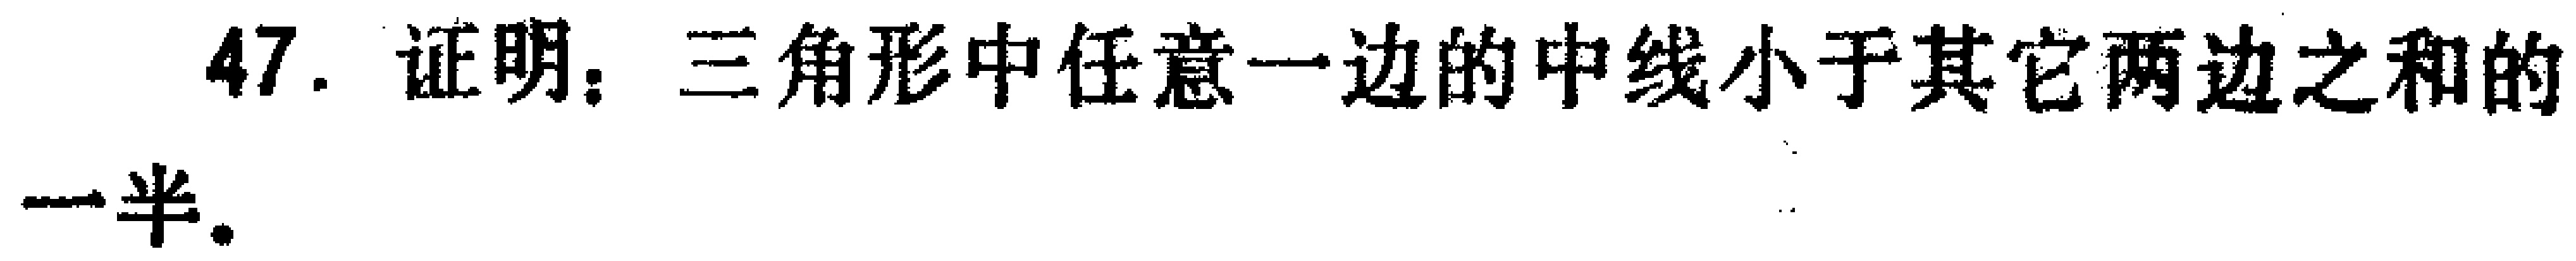
47. 证明：三角形中任意一边的中线小于其它两边之和的一半。